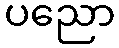
ပညော